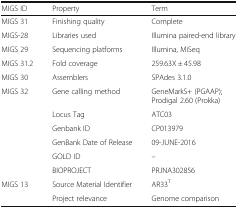
<table><thead><tr><td><b>MIGS ID</b></td><td><b>Property</b></td><td><b>Term</b></td></tr></thead><tbody><tr><td>MIGS 31</td><td>Finishing quality</td><td>Complete</td></tr><tr><td>MIGS-28</td><td>Libraries used</td><td>Illumina paired-end library</td></tr><tr><td>MIGS 29</td><td>Sequencing platforms</td><td>Illumina, MiSeq</td></tr><tr><td>MIGS 31.2</td><td>Fold coverage</td><td>259.63X ± 45.98</td></tr><tr><td>MIGS 30</td><td>Assemblers</td><td>SPAdes 3.1.0</td></tr><tr><td>MIGS 32</td><td>Gene calling method</td><td>GeneMarkS+ (PGAAP); Prodigal 2.60 (Prokka)</td></tr><tr><td></td><td>Locus Tag</td><td>ATC03</td></tr><tr><td></td><td>Genbank ID</td><td>CP013979</td></tr><tr><td></td><td>GenBank Date of Release</td><td>09-JUNE-2016</td></tr><tr><td></td><td>GOLD ID</td><td>–</td></tr><tr><td></td><td>BIOPROJECT</td><td>PRJNA302856</td></tr><tr><td>MIGS 13</td><td>Source Material Identifier</td><td>AR33<sup>T</sup></td></tr><tr><td></td><td>Project relevance</td><td>Genome comparison</td></tr></tbody></table>